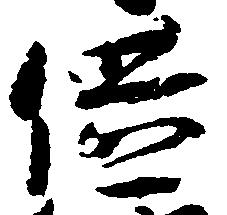
供